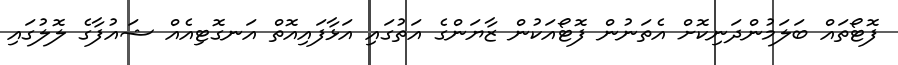
ފޮޓޯތައް ބަލަމުންދަނިކޮށް އެތަނުން ފޮޓޯއަކުން ޒާޔަންގެ އަތުގައި އަޅާފައިއޮތް އަނގޮޓިއެއް ޝައުފާގެ ލޮލުގައި